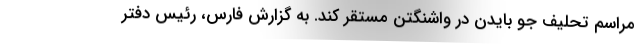
مراسم تحلیف جو بایدن در واشنگتن مستقر کند. به گزارش فارس، رئیس دفتر